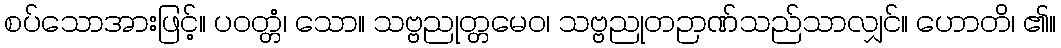
စပ်သောအားဖြင့်။ ပဝတ္တံ၊ သော။ သဗ္ဗညုတ္တမေဝ၊ သဗ္ဗညုတဉာဏ်သည်သာလျှင်။ ဟောတိ၊ ၏။